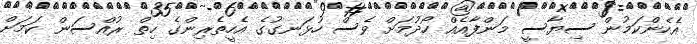
އެހެންކަމުން ސިޔާސީ މަންފާއެއް ހޯދުމަށް ވެސް ހުޅަނގުގެ އެހީތެރިންގެ ހިތް ރުއްސަން ކަމަށް